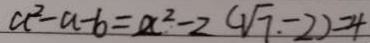
a ^ { 2 } - a - b = a ^ { 2 } - 2 ( \sqrt { 7 } - 2 ) = 4